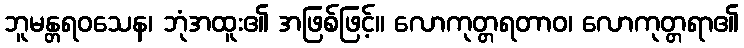
ဘူမန္တရဝသေန၊ ဘုံအထူး၏ အဖြစ်ဖြင့်။ လောကုတ္တရတာဝ၊ လောကုတ္တရာ၏